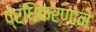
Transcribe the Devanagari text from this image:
प्रधिकरणाने